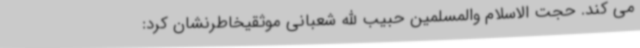
می کند. حجت الاسلام والمسلمین حبیب الله شعبانی موثقیخاطرنشان کرد: